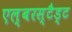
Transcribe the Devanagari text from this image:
एल्बरस्टैड्ट